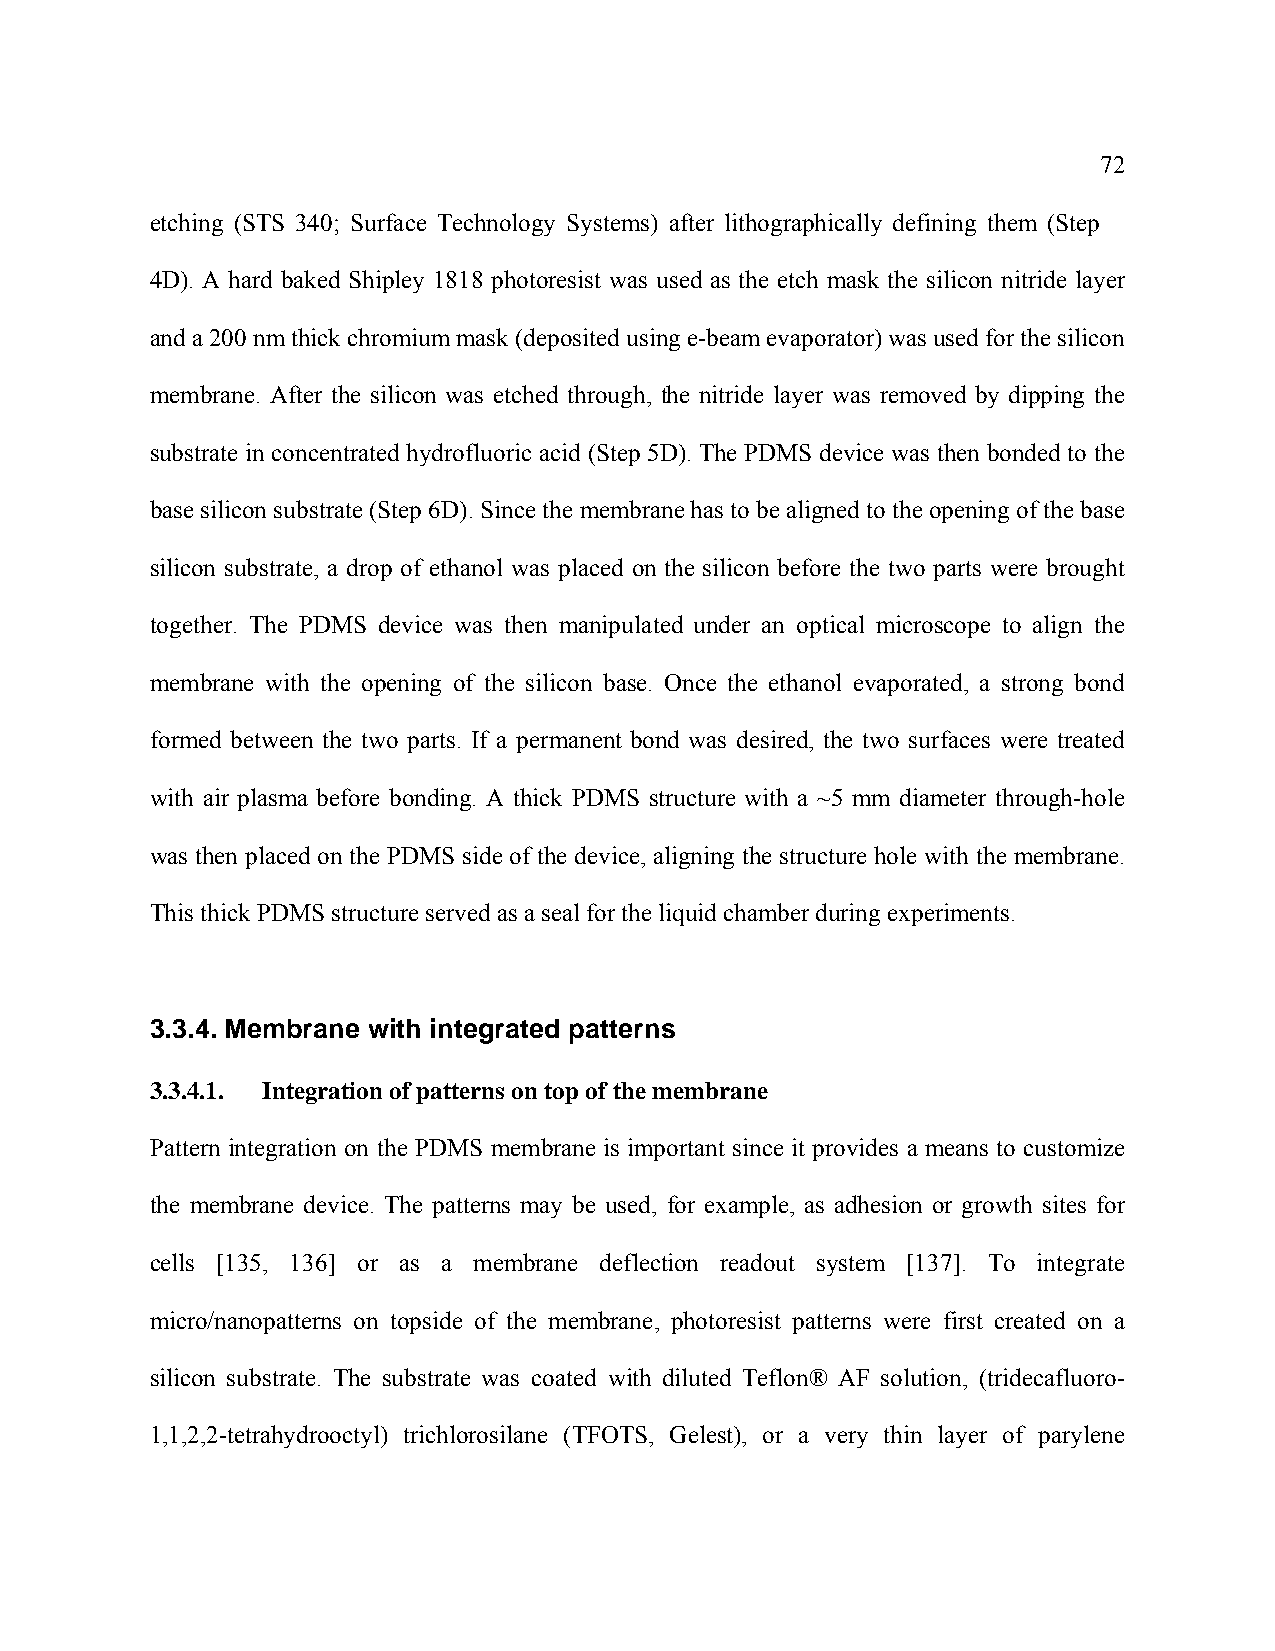
72
 etching (STS 340; Surface Technology Systems) after lithographically defining them (Step
 4D). A hard baked Shipley 1818 photoresist was used as the etch mask the silicon nitride layer
 and a 200 nm thick chromium mask (deposited using e-beam evaporator) was used for the silicon
 membrane. After the silicon was etched through, the nitride layer was removed by dipping the
 substrate in concentrated hydrofluoric acid (Step 5D). The PDMS device was then bonded to the
 base silicon substrate (Step 6D). Since the membrane has to be aligned to the opening of the base
 silicon substrate, a drop of ethanol was placed on the silicon before the two parts were brought
 together. The PDMS device was then manipulated under an optical microscope to align the
 membrane with the opening of the silicon base. Once the ethanol evaporated, a strong bond
 formed between the two parts. If a permanent bond was desired, the two surfaces were treated
 with air plasma before bonding. A thick PDMS structure with a ~5 mm diameter through-hole
 was then placed on the PDMS side of the device, aligning the structure hole with the membrane.
 This thick PDMS structure served as a seal for the liquid chamber during experiments.
 3.3.4. Membrane with integrated patterns
 3.3.4.1. Integration of patterns on top of the membrane
 Pattern integration on the PDMS membrane is important since it provides a means to customize
 the membrane device. The patterns may be used, for example, as adhesion or growth sites for
 cells [135, 136] or as a membrane deflection readout system [137]. To integrate
 micro/nanopatterns on topside of the membrane, photoresist patterns were first created on a
 silicon substrate. The substrate was coated with diluted Teflon® AF solution, (tridecafluoro-
 1,1,2,2-tetrahydrooctyl) trichlorosilane (TFOTS, Gelest), or a very thin layer of parylene